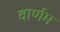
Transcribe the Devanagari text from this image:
वार्णम